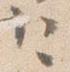
已